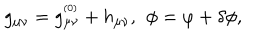
g _ { \mu \nu } = g _ { \mu \nu } ^ { ^ \mathrm { ( 0 ) } } + h _ { \mu \nu } , \, \ \phi = \varphi + \delta \phi ,